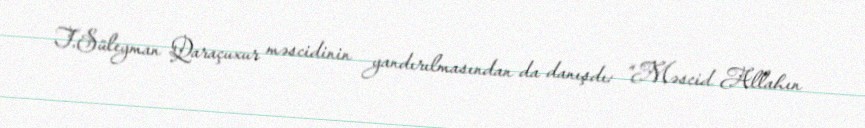
T.Süleyman Qaraçuxur məscidinin yandırılmasından da danışdı: “Məscid Allahın